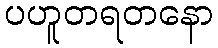
ပဟူတရတနော